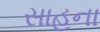
સાહના